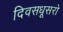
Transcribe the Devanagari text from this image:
दिवसधूसरो